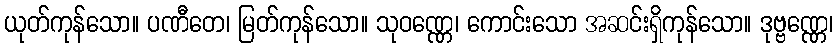
ယုတ်ကုန်သော။ ပဏီတေ၊ မြတ်ကုန်သော။ သုဝဏ္ဏေ၊ ကောင်းသော အဆင်းရှိကုန်သော။ ဒုဗ္ဗဏ္ဏေ၊